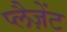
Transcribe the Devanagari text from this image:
प्लैज़ेंट